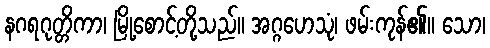
နဂရဂုတ္တိကာ၊ မြို့စောင့်တို့သည်။ အဂ္ဂဟေသုံ၊ ဖမ်းကုန်၏။ သော၊